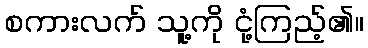
စကားလက် သူ့ကို ငုံ့ကြည့်၏။